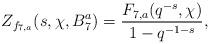
LaTeX: \begin{align*}Z_{f_{7, a}}(s, \chi, B_7^a)=\dfrac{F_{7, a}(q^{-s}, \chi)}{1-q^{-1-s}},\end{align*}